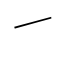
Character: ㇀